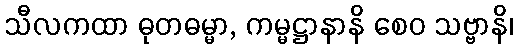
သီလကထာ ဓုတဓမ္မာ, ကမ္မဋ္ဌာနာနိ စေဝ သဗ္ဗာနိ၊